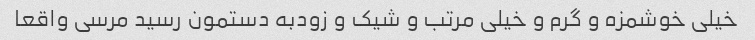
خیلی خوشمزه و گرم و خیلی مرتب و شیک و زودبه دستمون رسید مرسی واقعا